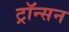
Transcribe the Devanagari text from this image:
ट्रॉन्सन